Civil Veterinary Department. United Provinces 1932-42 - 1932-1942
Year: 1932
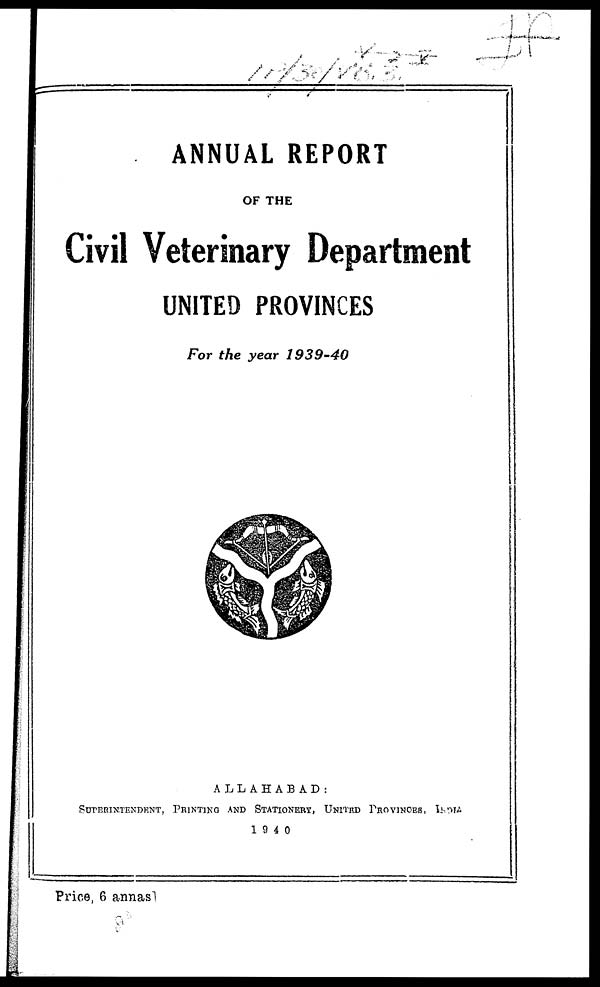
ANNUAL REPORT
OF THE
Civil Veterinary Department
UNITED PROVINCES
For the year 1939-40
ALLAHABAD:
SUPERINTENDENT, PRINTING AND STATIONERY, UNITED PROVINCES, INDIA
1940
Price, 6 annas]